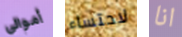
أموالي لاحتساء انا